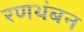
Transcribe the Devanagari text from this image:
रणथंबन